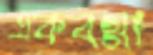
একবগ্গা